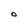
Character: o